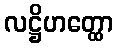
လဋ္ဌိဟတ္ထော